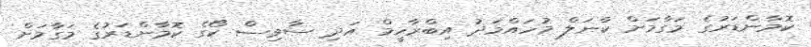
ކޮމާންޑަރުގެ މަގާމަށް ކާނަލް މުހައްމަދު އިބްރާހީމް އަދި ސާވިސް ކޯގެ ކޮމާންޑަރުގެ މަގާމަށް